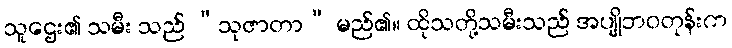
သူဌေး၏ သမီး သည် “သုဇာတာ” မည်၏။ ထိုသတို့သမီးသည် အပျိုဘဝတုန်းက